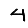
Digit: 4